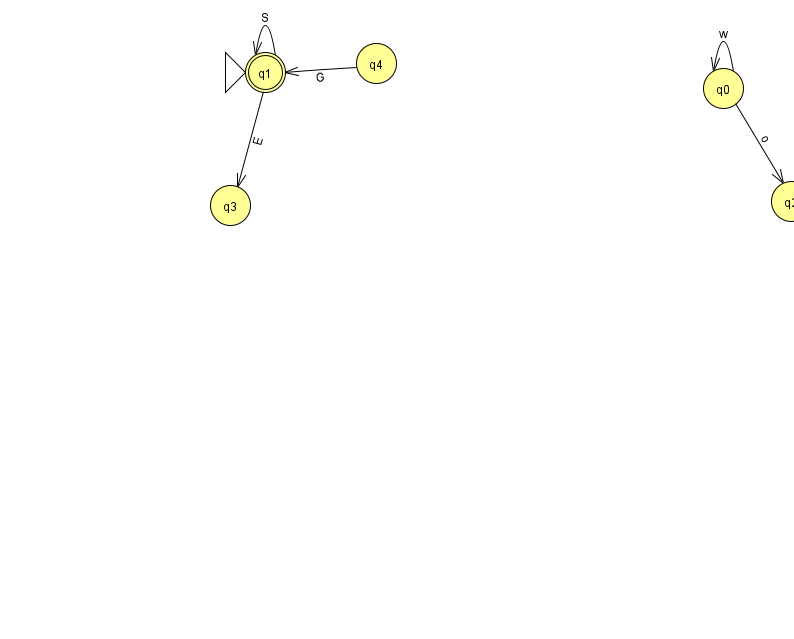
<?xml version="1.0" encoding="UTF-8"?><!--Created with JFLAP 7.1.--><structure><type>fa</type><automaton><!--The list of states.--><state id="0" name="q0"><x>723.0</x><y>75.0</y></state><state id="1" name="q1"><x>265.0</x><y>59.0</y><initial/><final/></state><state id="2" name="q2"><x>791.0</x><y>188.0</y></state><state id="3" name="q3"><x>230.0</x><y>192.0</y></state><state id="4" name="q4"><x>376.0</x><y>50.0</y></state><!--The list of transitions.--><transition><from>1</from><to>1</to><read>S</read></transition><transition><from>4</from><to>1</to><read>G</read></transition><transition><from>0</from><to>0</to><read>w</read></transition><transition><from>0</from><to>2</to><read>o</read></transition><transition><from>1</from><to>3</to><read>E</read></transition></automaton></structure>